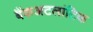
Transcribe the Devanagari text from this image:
बैंकअटलांटिक